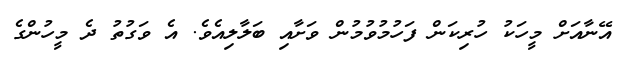
އޭނާއަށް މީހަކު ހުރިކަން ފަހުމުވުމުން ވަށާއި ބަލާލިއެވެ. އެ ވަގުތު ދެ މީހުންގެ